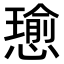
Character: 𢢭